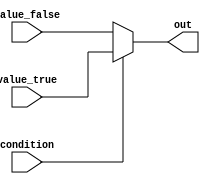
module conditional_assign(
    input wire condition,
    input wire value_true,
    input wire value_false,
    output reg out
);

always @(*) begin
    out = (condition) ? value_true : value_false;
end

endmodule